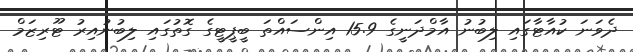
ދެވަނަ ކުއާޓާގައި ލިބުނު އާމްދަނީގެ 15.9 އިންސައްތަ ބީޕީޓީގެ ގޮތުގައި ލިބުނުއިރު ޓޫރިޒަމް